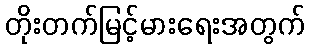
တိုးတက်မြင့်မားရေးအတွက်